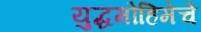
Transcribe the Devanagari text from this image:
युद्धमोहिमेचे